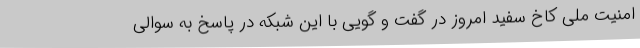
امنیت ملی کاخ سفید امروز در گفت و گویی با این شبکه در پاسخ به سوالی